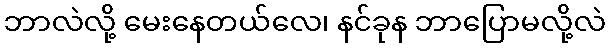
ဘာလဲလို့ မေးနေတယ်လေ၊ နင်ခုန ဘာပြောမလို့လဲ